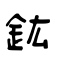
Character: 鈜